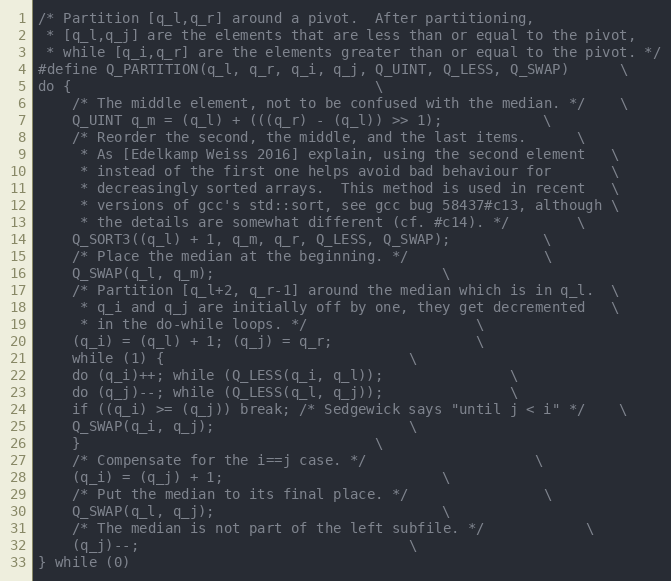
Language: C
/* Partition [q_l,q_r] around a pivot.  After partitioning,
 * [q_l,q_j] are the elements that are less than or equal to the pivot,
 * while [q_i,q_r] are the elements greater than or equal to the pivot. */
#define Q_PARTITION(q_l, q_r, q_i, q_j, Q_UINT, Q_LESS, Q_SWAP)		\
do {									\
    /* The middle element, not to be confused with the median. */	\
    Q_UINT q_m = (q_l) + (((q_r) - (q_l)) >> 1);			\
    /* Reorder the second, the middle, and the last items.		\
     * As [Edelkamp Weiss 2016] explain, using the second element	\
     * instead of the first one helps avoid bad behaviour for		\
     * decreasingly sorted arrays.  This method is used in recent	\
     * versions of gcc's std::sort, see gcc bug 58437#c13, although	\
     * the details are somewhat different (cf. #c14). */		\
    Q_SORT3((q_l) + 1, q_m, q_r, Q_LESS, Q_SWAP);			\
    /* Place the median at the beginning. */				\
    Q_SWAP(q_l, q_m);							\
    /* Partition [q_l+2, q_r-1] around the median which is in q_l.	\
     * q_i and q_j are initially off by one, they get decremented	\
     * in the do-while loops. */					\
    (q_i) = (q_l) + 1; (q_j) = q_r;					\
    while (1) {								\
	do (q_i)++; while (Q_LESS(q_i, q_l));				\
	do (q_j)--; while (Q_LESS(q_l, q_j));				\
	if ((q_i) >= (q_j)) break; /* Sedgewick says "until j < i" */	\
	Q_SWAP(q_i, q_j);						\
    }									\
    /* Compensate for the i==j case. */					\
    (q_i) = (q_j) + 1;							\
    /* Put the median to its final place. */				\
    Q_SWAP(q_l, q_j);							\
    /* The median is not part of the left subfile. */			\
    (q_j)--;								\
} while (0)